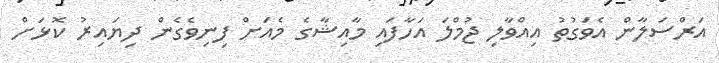
އަރްސަލާން އެވަގުތު އިއްވާލި ޖުމްލަ އަހާފައި މާއިޝާގެ މެއަށް ފިނިވެގެން ދިޔައިރު ކޮޅަށް